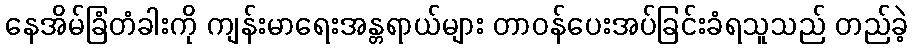
နေအိမ်ခြံတံခါးကို ကျန်းမာရေးအန္တရာယ်များ တာဝန်ပေးအပ်ခြင်းခံရသူသည် တည်ခဲ့